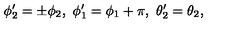
\phi _ { 2 } ^ { \prime } = \pm \phi _ { 2 } , \ \phi _ { 1 } ^ { \prime } = \phi _ { 1 } + \pi , \ \theta _ { 2 } ^ { \prime } = \theta _ { 2 } ,